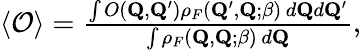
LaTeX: \begin{array}{r}{\langle{\cal O}\rangle=\frac{\int O(\mathbf{Q},\mathbf{Q}^{\prime})\rho_{F}(\mathbf{Q}^{\prime},\mathbf{Q};\beta)\, d\mathbf{Q}d\mathbf{Q}^{\prime}}{\int\rho_{F}(\mathbf{Q},\mathbf{Q};\beta)\, d\mathbf{Q}},}\end{array}